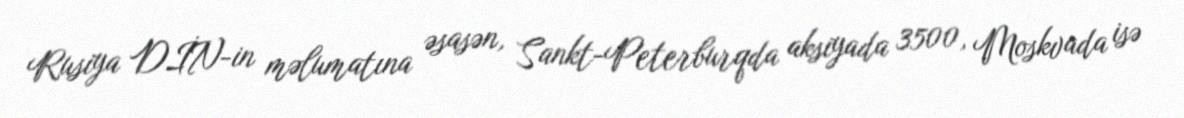
Rusiya DİN-in məlumatına əsasən, Sankt-Peterburqda aksiyada 3500, Moskvada isə